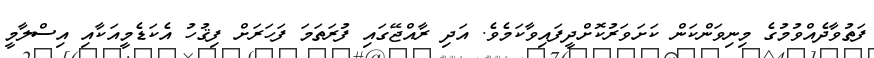
ފަތުވާދެއްވުމުގެ މިނިވަންކަން ކަށަވަރުކޮށްދީފައިވާކަމެވެ. އަދި ރާއްޖޭގައި ފުރަތަމަ ފަހަރަށް ފިޤުހު އެކަޑެމީއަކާއި އިސްލާމީ